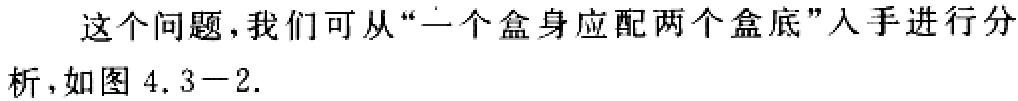
这个问题，我们可从“一个盒身应配两个盒底”入手进行分析，如图 4.3−2.